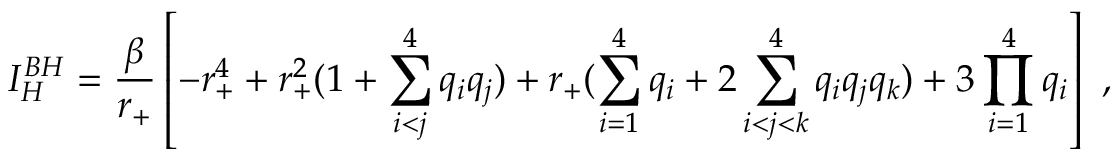
I _ { H } ^ { B H } = { \frac { \beta } { r _ { + } } } \left[ - r _ { + } ^ { 4 } + r _ { + } ^ { 2 } ( 1 + \sum _ { i < j } ^ { 4 } q _ { i } q _ { j } ) + r _ { + } ( \sum _ { i = 1 } ^ { 4 } q _ { i } + 2 \sum _ { i < j < k } ^ { 4 } q _ { i } q _ { j } q _ { k } ) + 3 \prod _ { i = 1 } ^ { 4 } q _ { i } \right] \ ,